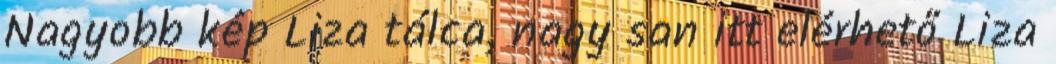
Nagyobb kép Liza tálca, nagy san itt elérhető Liza